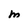
Character: M